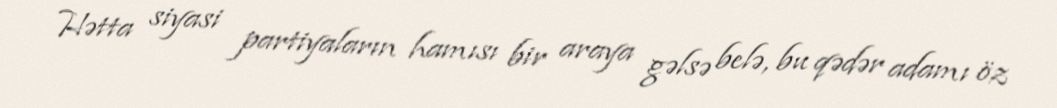
Hətta siyasi partiyaların hamısı bir araya gəlsə belə, bu qədər adamı öz